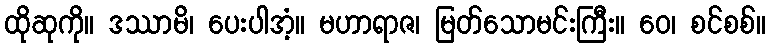
ထိုဆုကို။ ဒဿာမိ၊ ပေးပါအံ့။ မဟာရာဇ၊ မြတ်သောမင်းကြီး။ ဝေ၊ စင်စစ်။